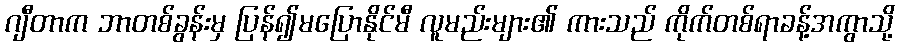
ဂျီတာက ဘာတစ်ခွန်းမှ ပြန်၍မပြောနိုင်မီ လူမည်းများ၏ ကားသည် ကိုက်တစ်ရာခန့်အကွာသို့